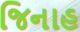
જિનાહ